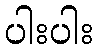
ပါးပါး